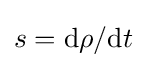
s=\mathrm {d} \rho /\mathrm {d} t\,\!